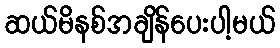
ဆယ်မိနစ်အချိန်ပေးပါ့မယ်